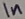
Text: In